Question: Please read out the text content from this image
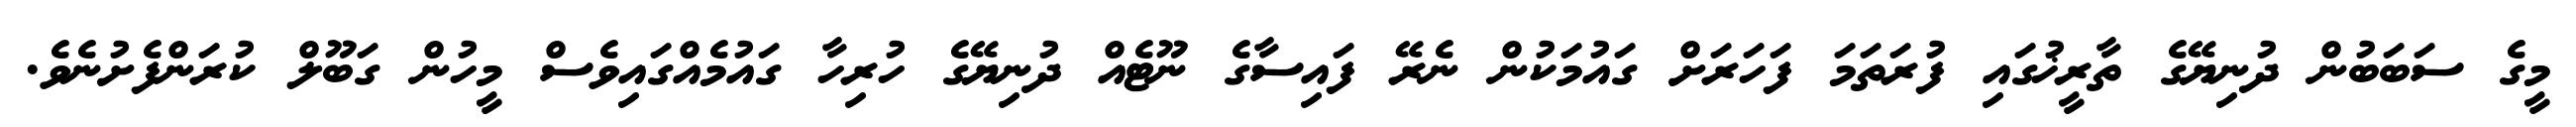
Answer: މީގެ ސަބަބުން ދުނިޔޭގެ ތާރީޚުގައި ފުރަތަމަ ފަހަރަށް ގައުމަކުން ނެރޭ ފައިސާގެ ނޫޓެއް ދުނިޔޭގެ ހުރިހާ ގައުމެއްގައިވެސް މީހުން ގަބޫލް ކުރަންފެށުނެވެ.